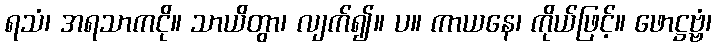
ရသံ၊ အရသာကငို။ သာယိတွာ၊ လျက်၍။ ပ။ ကာယနေ၊ ကိုယ်ဖြင့်။ ဖောဋ္ဌဗ္ဗံ၊